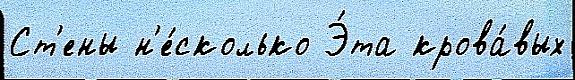
Ст'ены н'е́сколько Э́та крова́вых